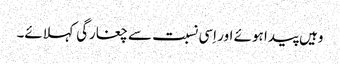
وہیں پیدا ہوئے اور اِسی نسبت سے چغارگی کہلائے۔